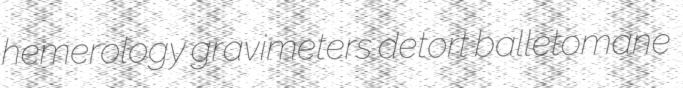
hemerology gravimeters detort balletomane